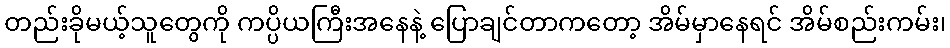
တည်းခိုမယ့်သူတွေကို ကပ္ပိယကြီးအနေနဲ့ ပြောချင်တာကတော့ အိမ်မှာနေရင် အိမ်စည်းကမ်း၊